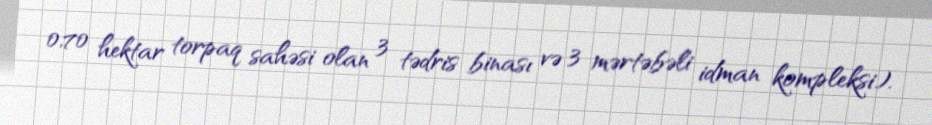
0,70 hektar torpaq sahəsi olan 3 tədris binası və 3 mərtəbəli idman kompleksi).